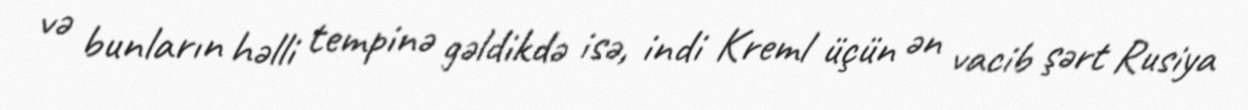
və bunların həlli tempinə gəldikdə isə, indi Kreml üçün ən vacib şərt Rusiya